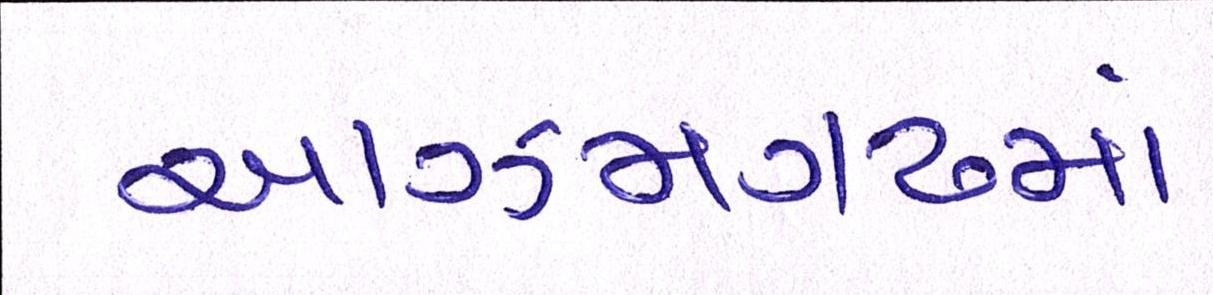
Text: આઝમગઢમાં